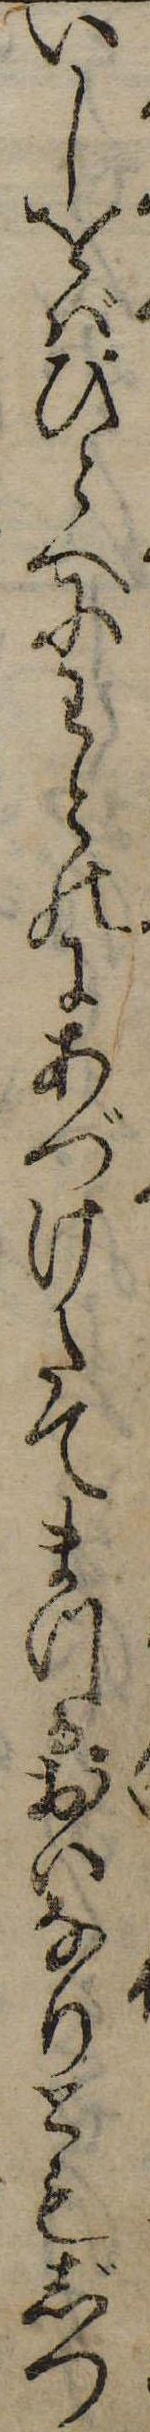
いしをばひとへにわとのにあづけたてまつるおいなりともじつ